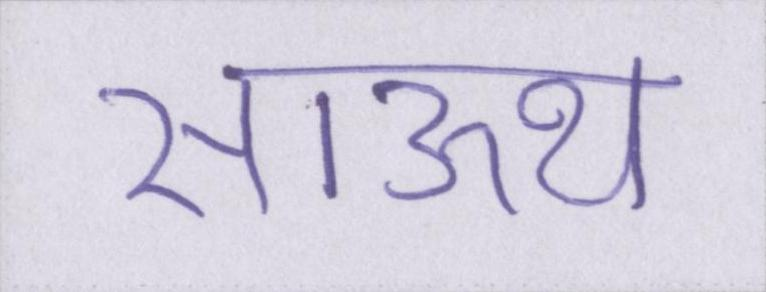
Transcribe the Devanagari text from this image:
साऊथ